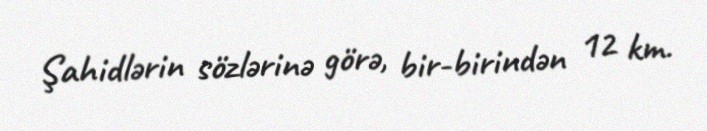
Şahidlərin sözlərinə görə, bir-birindən 12 km.